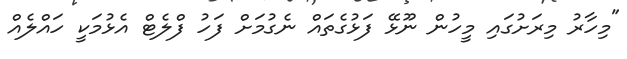
"މިހާރު މިރަށުގައި މީހުން ނޫޅޭ ފަޅުގެތައް ނެގުމަށް ފަހު ފްލެޓް އެޅުމަކީ ހައްލެއް